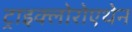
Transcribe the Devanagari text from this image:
ट्राइक्लोरोएथेन